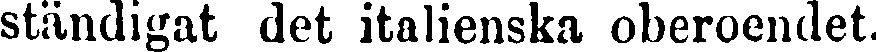
ständigat det italienska oberoendet.